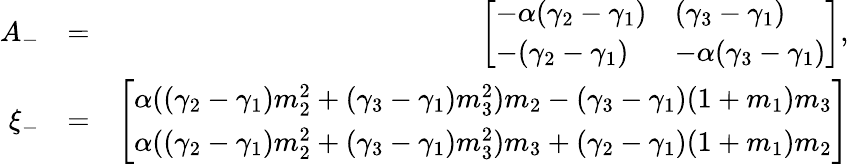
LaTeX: \begin{array}{rlr}{A_{-}}&{=}&{\left[\begin{array}{ll}{-\alpha(\gamma_{2}-\gamma_{1})}&{(\gamma_{3}-\gamma_{1})}\\ {-(\gamma_{2}-\gamma_{1})}&{-\alpha(\gamma_{3}-\gamma_{1})}\end{array}\right],}\\ {\xi_{-}}&{=}&{\left[\begin{array}{l}{\alpha((\gamma_{2}-\gamma_{1})m_{2}^{2}+(\gamma_{3}-\gamma_{1})m_{3}^{2})m_{2}-(\gamma_{3}-\gamma_{1})(1+m_{1})m_{3}}\\ {\alpha((\gamma_{2}-\gamma_{1})m_{2}^{2}+(\gamma_{3}-\gamma_{1})m_{3}^{2})m_{3}+(\gamma_{2}-\gamma_{1})(1+m_{1})m_{2}}\end{array}\right]}\end{array}